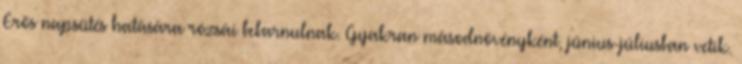
Erős napsütés hatására rózsái bebarnulnak. Gyakran másodnövényként, június-júliusban vetik.